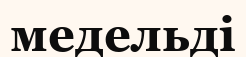
медельді